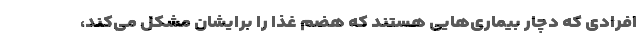
افرادی که دچار بیماری‌هایی هستند که هضم غذا را برایشان مشکل می‌کند،